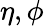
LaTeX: \eta,\phi